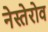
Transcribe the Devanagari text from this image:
नेस्तेरोव